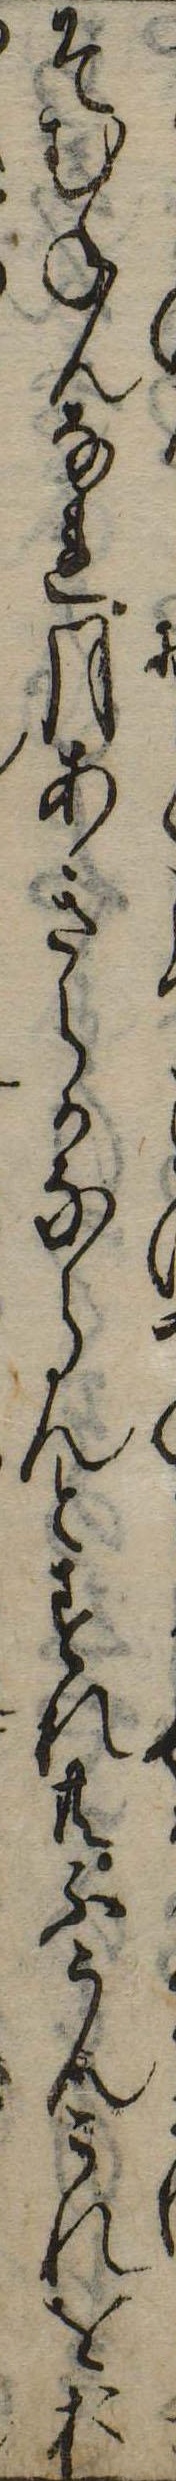
そむねんなれ月あきらかならんとすれ共ふうんこれをお